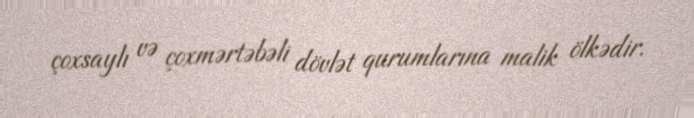
çoxsaylı və çoxmərtəbəli dövlət qurumlarına malik ölkədir.